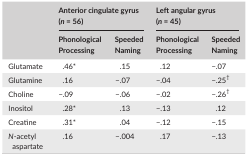
<table><thead><tr><td rowspan="2"></td><td colspan="2"><b>Anterior cingulate gyrus (<i>n</i> = 56)</b></td><td colspan="2"><b>Left angular gyrus (<i>n</i> = 45)</b></td></tr><tr><td><b>Phonological Processing</b></td><td><b>Speeded Naming</b></td><td><b>Phonological Processing</b></td><td><b>Speeded Naming</b></td></tr></thead><tbody><tr><td>Glutamate</td><td>.46*</td><td>.15</td><td>.12</td><td>−.07</td></tr><tr><td>Glutamine</td><td>.16</td><td>−.07</td><td>−.04</td><td>−.25†</td></tr><tr><td>Choline</td><td>−.09</td><td>−.06</td><td>−.02</td><td>−.26†</td></tr><tr><td>Inositol</td><td>.28*</td><td>.13</td><td>−.13</td><td>.12</td></tr><tr><td>Creatine</td><td>.31*</td><td>.04</td><td>−.12</td><td>−.15</td></tr><tr><td><i>N</i>‐acetyl aspartate</td><td>.16</td><td>−.004</td><td>.17</td><td>−.13</td></tr></tbody></table>